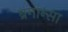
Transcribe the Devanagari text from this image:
ब्रगान्सा